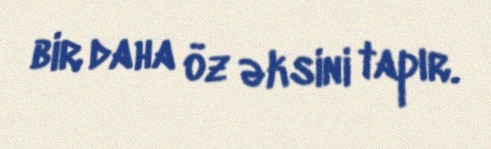
bir daha öz əksini tapır.